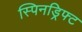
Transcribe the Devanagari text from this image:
स्पिनड्रिफ्ट